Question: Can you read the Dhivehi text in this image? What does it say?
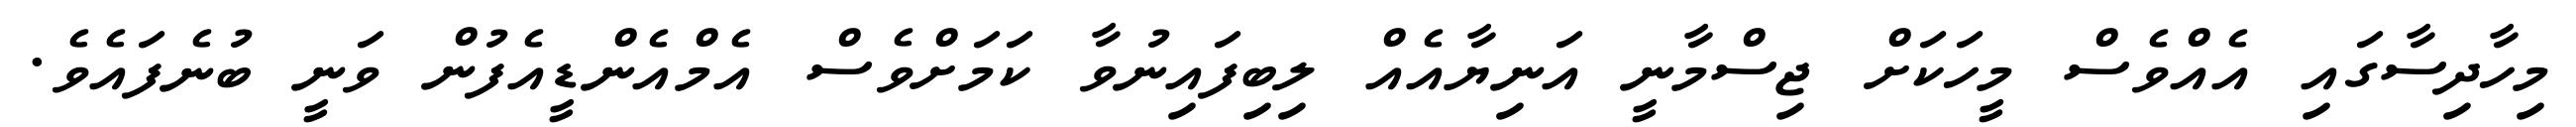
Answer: މިހާދިސާގައި އެއްވެސް މީހަކަށް ޖިސްމާނީ އަނިޔާއެއް ލިބިފައިނުވާ ކަމަށްވެސް އެމްއެންޑީއެފުން ވަނީ ބުނެފައެވެ.